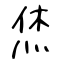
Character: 烋